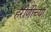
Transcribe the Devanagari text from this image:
हरीणीच्या